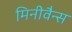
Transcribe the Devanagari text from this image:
मिनीवैन्स